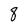
Character: 8